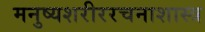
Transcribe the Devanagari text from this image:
मनुष्यशरीररचनाशास्त्र